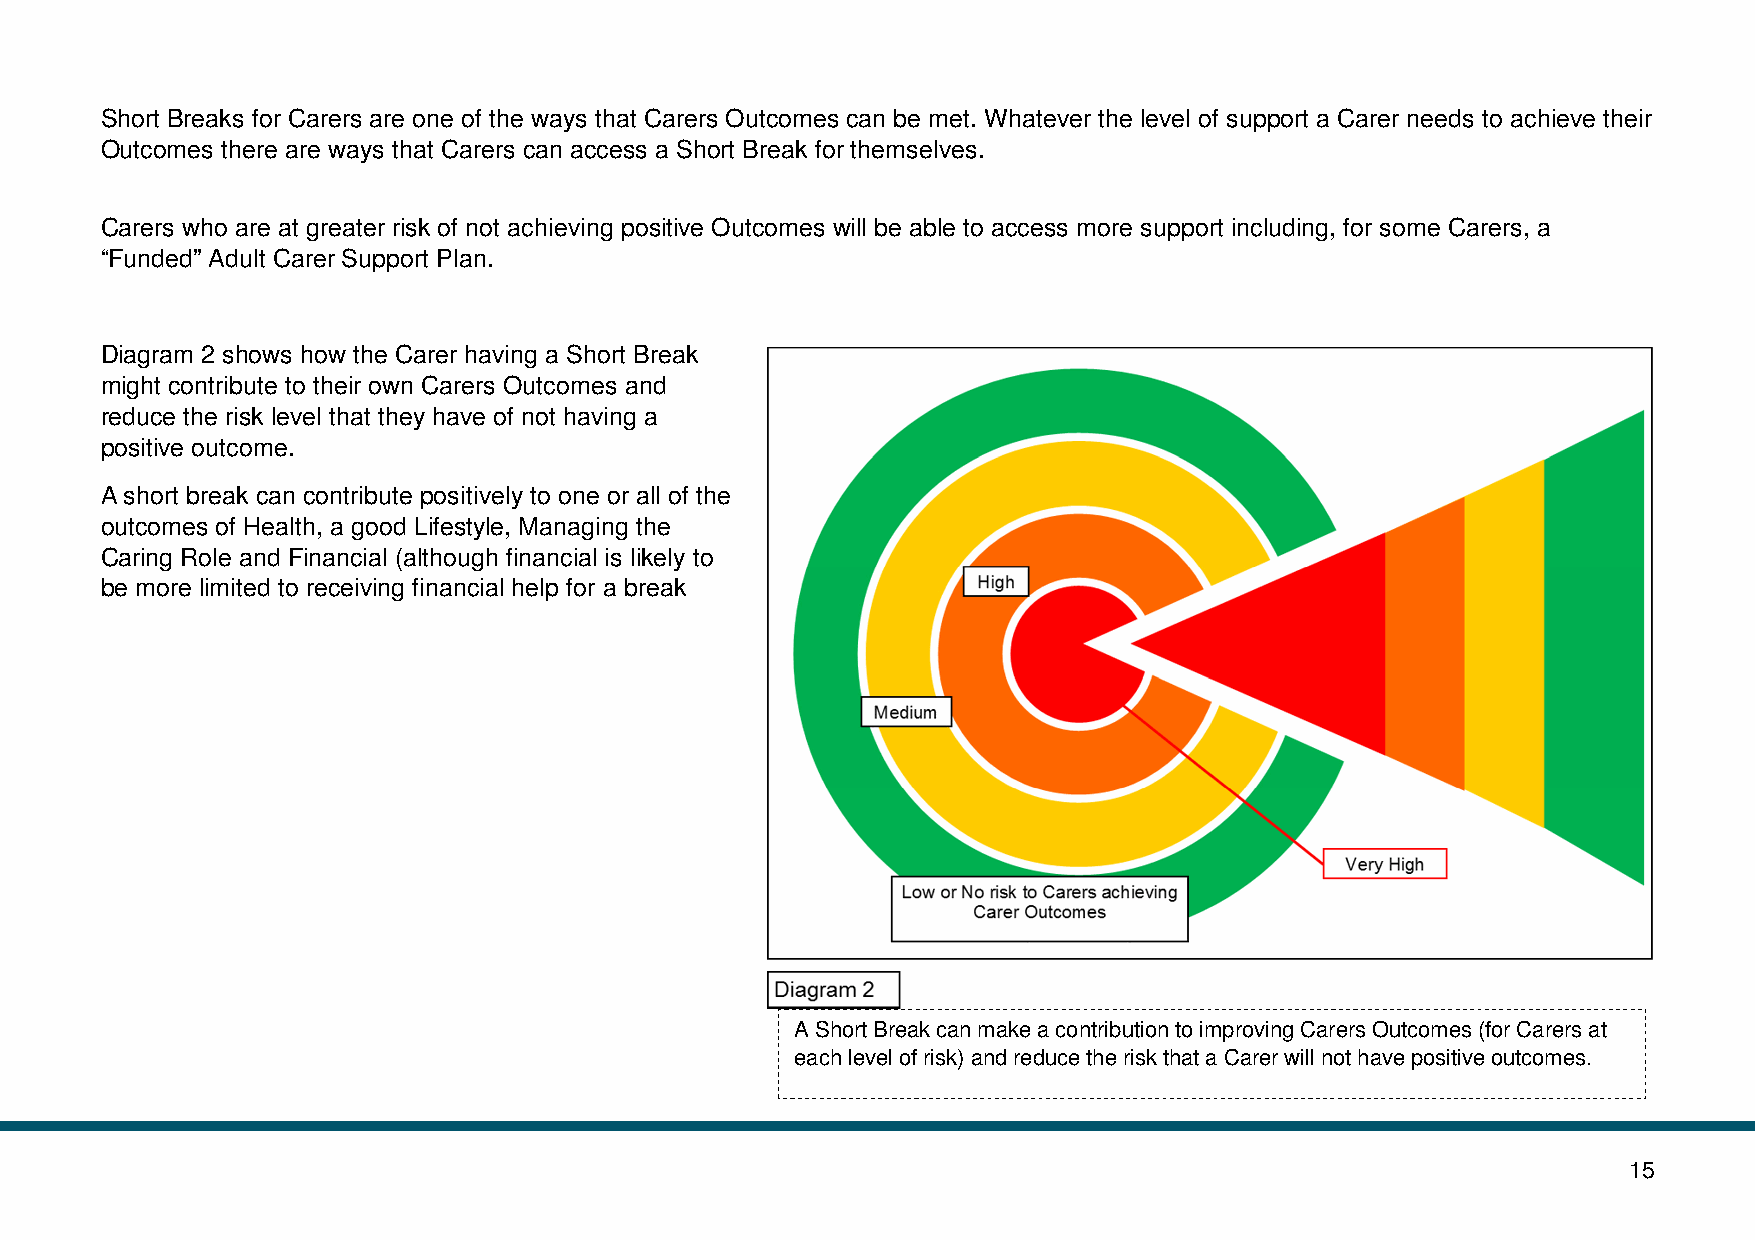
Short Breaks for Carers are one of the ways that Carers Outcomes can be met. Whatever the level of support a Carer needs to achieve their
 Outcomes there are ways that Carers can access a Short Break for themselves.
 Carers who are at greater risk of not achieving positive Outcomes will be able to access more support including, for some Carers, a
 “Funded” Adult Carer Support Plan.
 Diagram 2 shows how the Carer having a Short Break
 might contribute to their own Carers Outcomes and
 reduce the risk level that they have of not having a
 positive outcome.
 A short break can contribute positively to one or all of the
 outcomes of Health, a good Lifestyle, Managing the
 Caring Role and Financial (although financial is likely to
 be more limited to receiving financial help for a break
 A Short Break can make a contribution to improving Carers Outcomes (for Carers at
 each level of risk) and reduce the risk that a Carer will not have positive outcomes.
 15